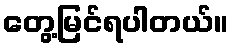
တွေ့မြင်ရပါတယ်။